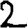
Digit: 2